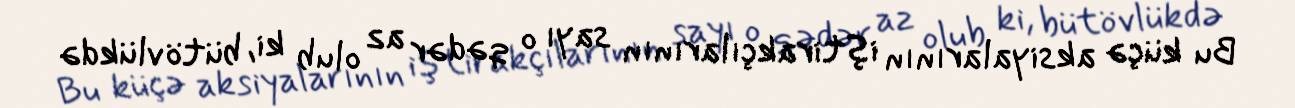
Bu küçə aksiyalarının iştirakçılarının sayı o qədər az olub ki, bütövlükdə